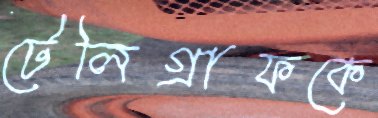
টেলিগ্রাফকে